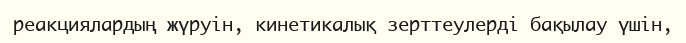
реакциялардың жүруін, кинетикалық зерттеулерді бақылау үшін,